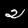
Digit: 2